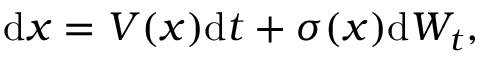
\mathrm { d } x = V ( x ) \mathrm { d } t + \sigma ( x ) \mathrm { d } W _ { t } ,